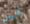
أليس